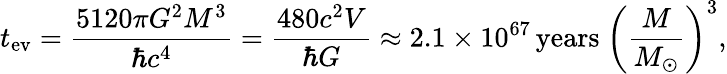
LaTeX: t_{\mathrm{ev}}={\frac{5120\pi G^{2}M^{3}}{\hbar c^{4}}}={\frac{480c^{2}V}{\hbar G}}\approx 2.1\times 10^{67}\, {\mathrm{years}}\ \left({\frac{M}{M_{\odot}}}\right)^{3},